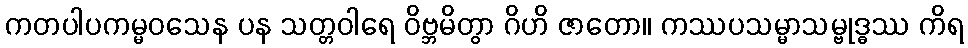
ကတပါပကမ္မဝသေန ပန သတ္တဝါရေ ဝိဗ္ဘမိတွာ ဂိဟိ ဇာတော။ ကဿပသမ္မာသမ္ဗုဒ္ဓဿ ကိရ